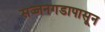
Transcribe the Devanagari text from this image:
सज्जनगडापासून